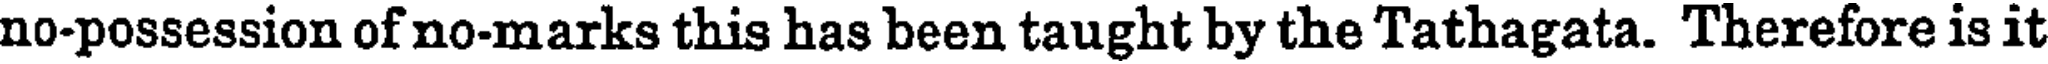
no-possession of no-marks this has been taught by the Tathagata. Therefore is it